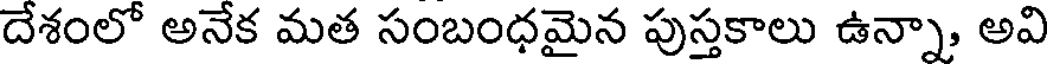
దేశంలో అనేక మత సంబంధమైన పుస్తకాలు ఉన్నా, అవి